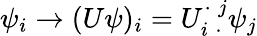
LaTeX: \psi_{i}\rightarrow(U\psi)_{i}=U_{i\; \cdot}^{\cdot\; j}\psi_{j}